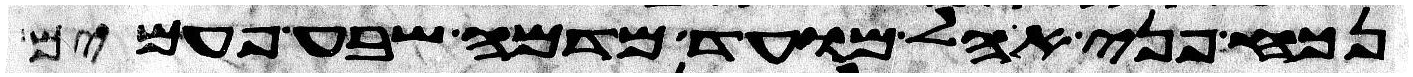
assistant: נכח פני אהל מועד מדמה שבע פעמים